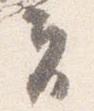
夫